Eesti_Vabariigi_Tartu_Ulikool, lk 25
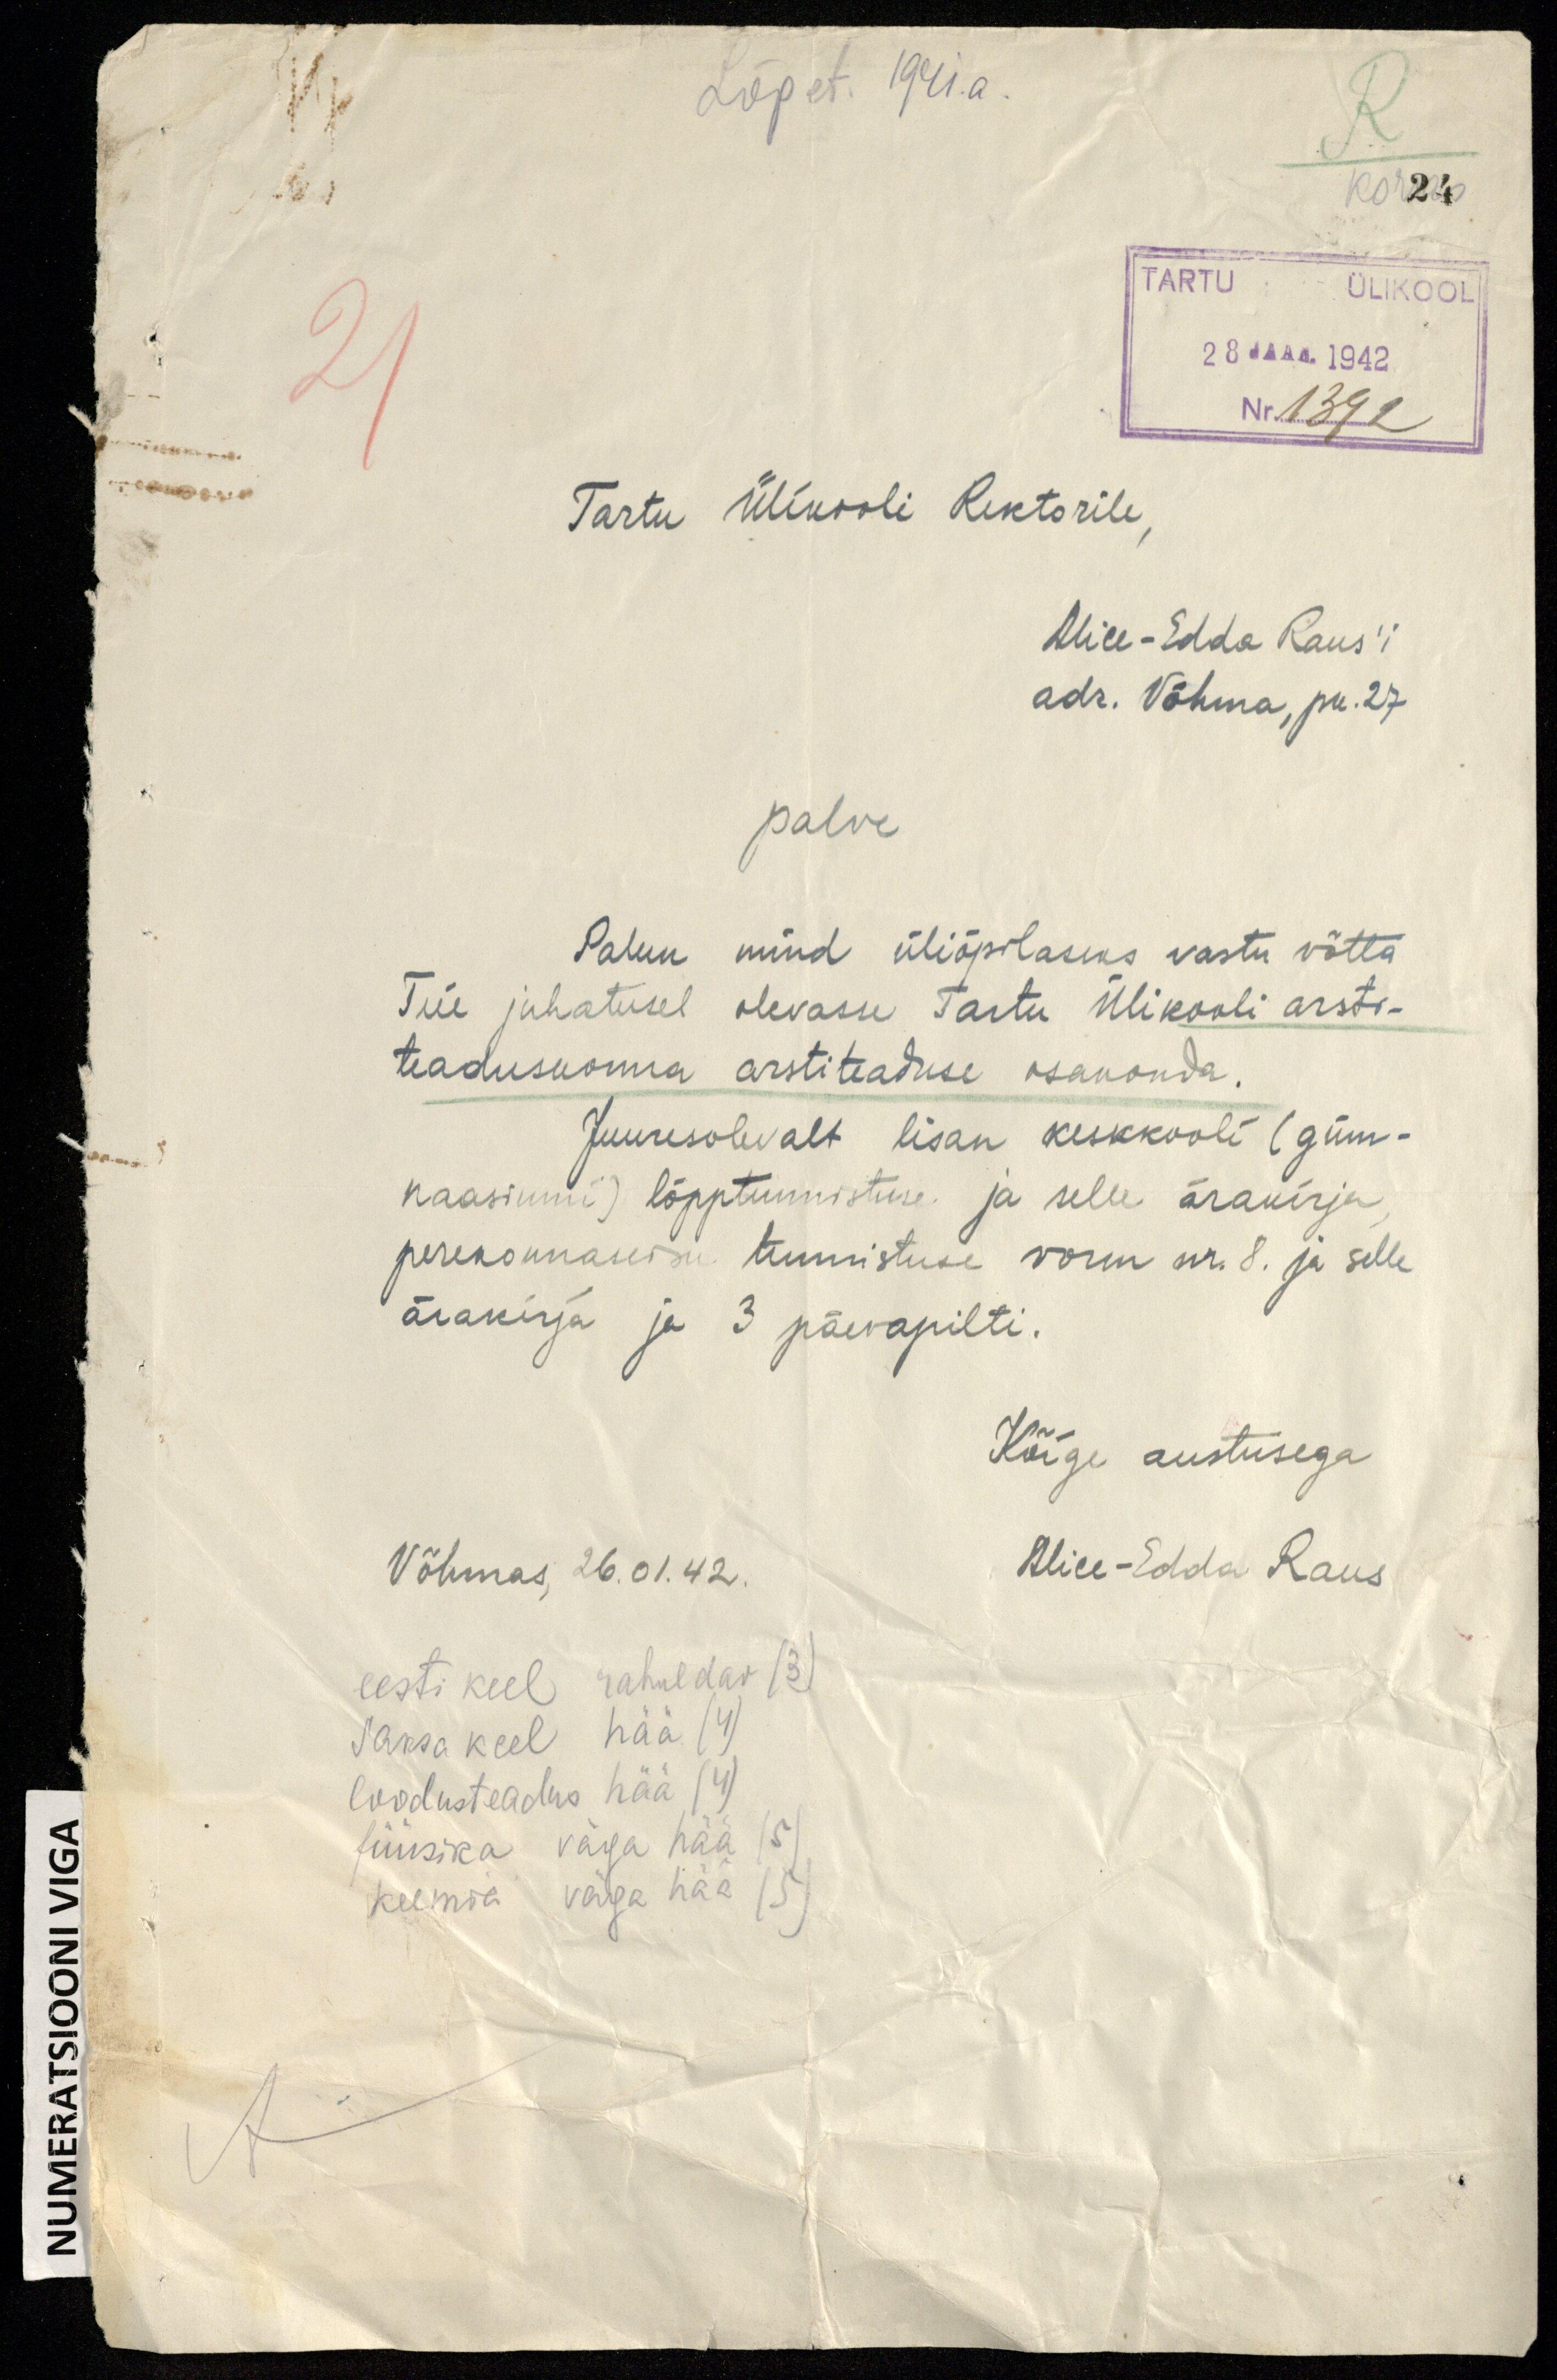
Lõpet. 1941. a.

R

21

TARTU ÜLIKOOL
28. JAAN. 1942
Nr 1392

Tartu Ülikooli Rektorile,
Alice-Edda Raus'i
adr. Võhma, pr. 27

palve
Palun mind üliõpilaseks vastu võtta
Teie juhatusel olevasse Tartu Ülikooli arsti-
teaduskonna arstiteaduse osakonda.
Juuresolevalt lisan keskkooli (güm-
naasiumi) lõpptunnistuse ja selle ärakirja,
perekonnaseisu tunnistuse vorm nr. 8. ja selle
ärakirja ja 3 päevapilti.
Kõige austusega
Alice-Edda Raus
Võhmas, 26.01.42.
eesti keel rahuldav (3)
Saksa keel hää (4)
loodusteadus hää (4)
füüsika väga hää (5)
keemia väga hää (5)